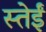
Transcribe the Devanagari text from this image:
स्तेईं